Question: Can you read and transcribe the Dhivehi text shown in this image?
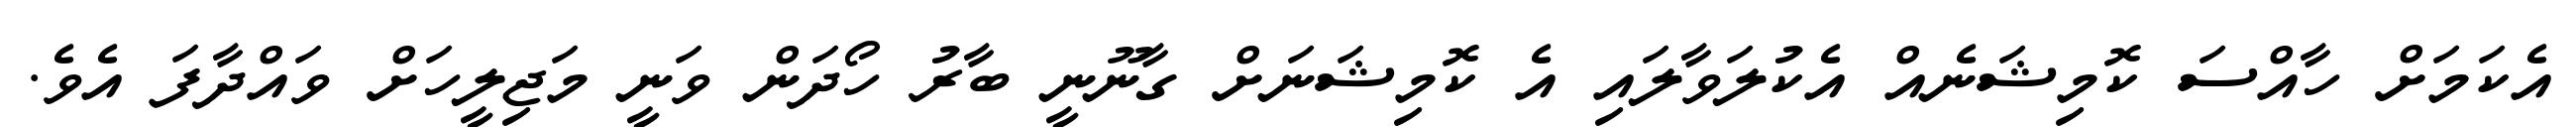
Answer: އެކަމަށް ހާއްސަ ކޮމިޝަނެއް އެކުލަވާލައި އެ ކޮމިޝަނަށް ގާނޫނީ ބާރު ހޯދަން ވަނީ މަޖިލީހަށް ވައްދާފަ އެވެ.